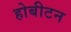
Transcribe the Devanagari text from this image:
होबीटन